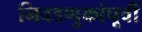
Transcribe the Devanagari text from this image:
निवडणुकांपूर्वी